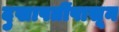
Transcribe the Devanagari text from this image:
दुखापतींपासून